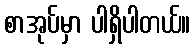
စာအုပ်မှာ ပါရှိပါတယ်။